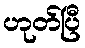
ဟုတ်ပြီ